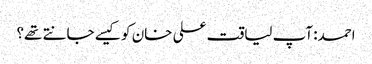
احمد: آپ لیاقت علی خان کو کیسے جانتے تھے؟